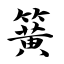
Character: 簧